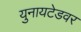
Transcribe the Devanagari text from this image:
युनायटेडवर